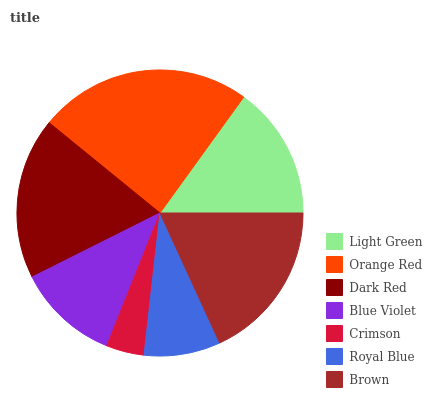
| Light Green | Orange Red | Dark Red | Blue Violet | Crimson | Royal Blue | Brown |
 | --- | --- | --- | --- | --- | --- | --- |
 | 15% | 24% | 18.3% | 11.5% | 4.3% | 8.63% | 18.1% |